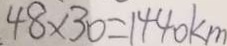
4 8 \times 3 0 = 1 4 4 0 k m